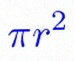
\pi r^2